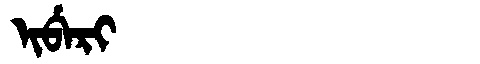
Manchu: ᡳᠪᡝᡵᡳ
Romanization: IBERI